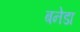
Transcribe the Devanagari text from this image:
बनेडा